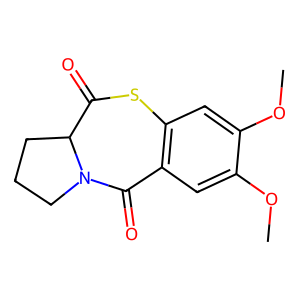
SMILES: COc1cc2c(cc1OC)C(=O)N1CCCC1C(=O)S2
Inhibits HIV replication: No